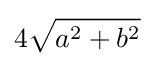
4{\sqrt {a^{2}+b^{2}}}